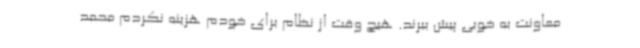
معاونت به خوبی پیش ببرند. هیچ وقت از نظام برای خودم هزینه نکردم محمد